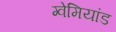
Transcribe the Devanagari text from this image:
ग्वेमियांड